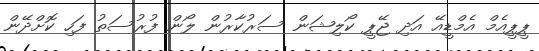
ޕީޕީއެމް އެމްޑީއޭ އަދި ޖޭޕީ ކޯލިޝަން ސަރުކާރުން ލޯން ފުރުސަތު ފަހި ކޮށްދޭން